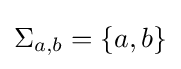
\Sigma _{a,b}=\{a,b\}